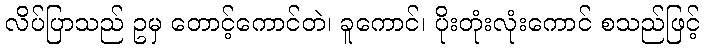
လိပ်ပြာသည် ဥမှ တောင့်ကောင်တဲ၊ ခူကောင်၊ ပိုးတုံးလုံးကောင် စသည်ဖြင့်